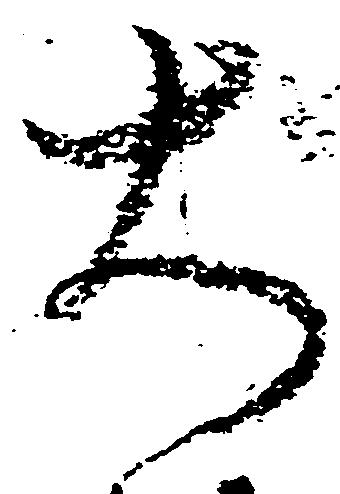
大